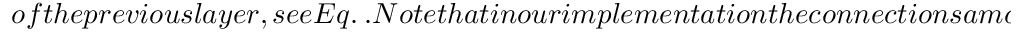
o f t h e p r e v i o u s l a y e r , s e e E q . \ . N o t e t h a t i n o u r i m p l e m e n t a t i o n t h e c o n n e c t i o n s a m o n g c o n s e c u t i v e l a y e r s a r e i n t e r m e d i a t e d b y o n l y p o s i t i v e w e i g h t s , c o n t a i n e d i n t h e d i a g o n a l o f